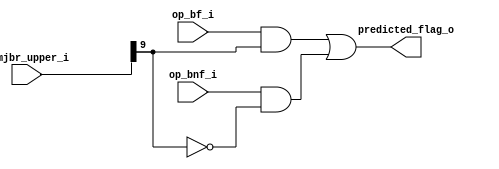
module mor1kx_branch_predictor_simple
   (
    // Signals belonging to the stage where the branch is predicted.
    input op_bf_i,               // branch if flag
    input op_bnf_i,              // branch if not flag
    input [9:0] immjbr_upper_i,  // branch offset
    output predicted_flag_o      //result of predictor
    );
   
   // Static branch prediction - backward branches are predicted as taken,
   // forward branches as not taken.
   assign predicted_flag_o = op_bf_i & immjbr_upper_i[9] |
                             op_bnf_i & !immjbr_upper_i[9];

endmodule